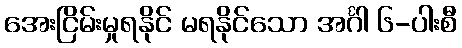
အေးငြိမ်းမှုရနိုင် မရနိုင်သော အင်္ဂါ ၆-ပါးစီ